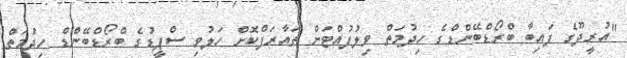
"އުރީދޫގެ ފައިބާ ބްރޯޑްބޭންޑްގެ ހިދުމަތް ވިލުފުއްޓަށް ތައާރަފްކޮށް ހަލުވި ސްޕީޑުގެ ބްރޯޑްބޭންޑް ހިދުމަތް